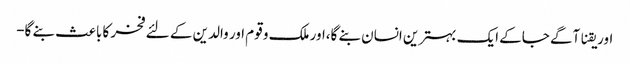
اور یقنا آگے جاکے ایک بہترین انسان بنے گا،اور ملک و قوم اور والدین کے لئے فخر کا باعث بنے گا-